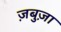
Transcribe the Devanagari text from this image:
ज़बुज़ा